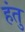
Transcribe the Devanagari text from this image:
हंतु